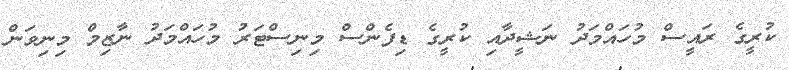
ކުރީގެ ރައީސް މުހައްމަދު ނަޝީދާއި ކުރީގެ ޑިފެންސް މިނިސްޓަރު މުހައްމަދު ނާޒިމް މިނިވަން